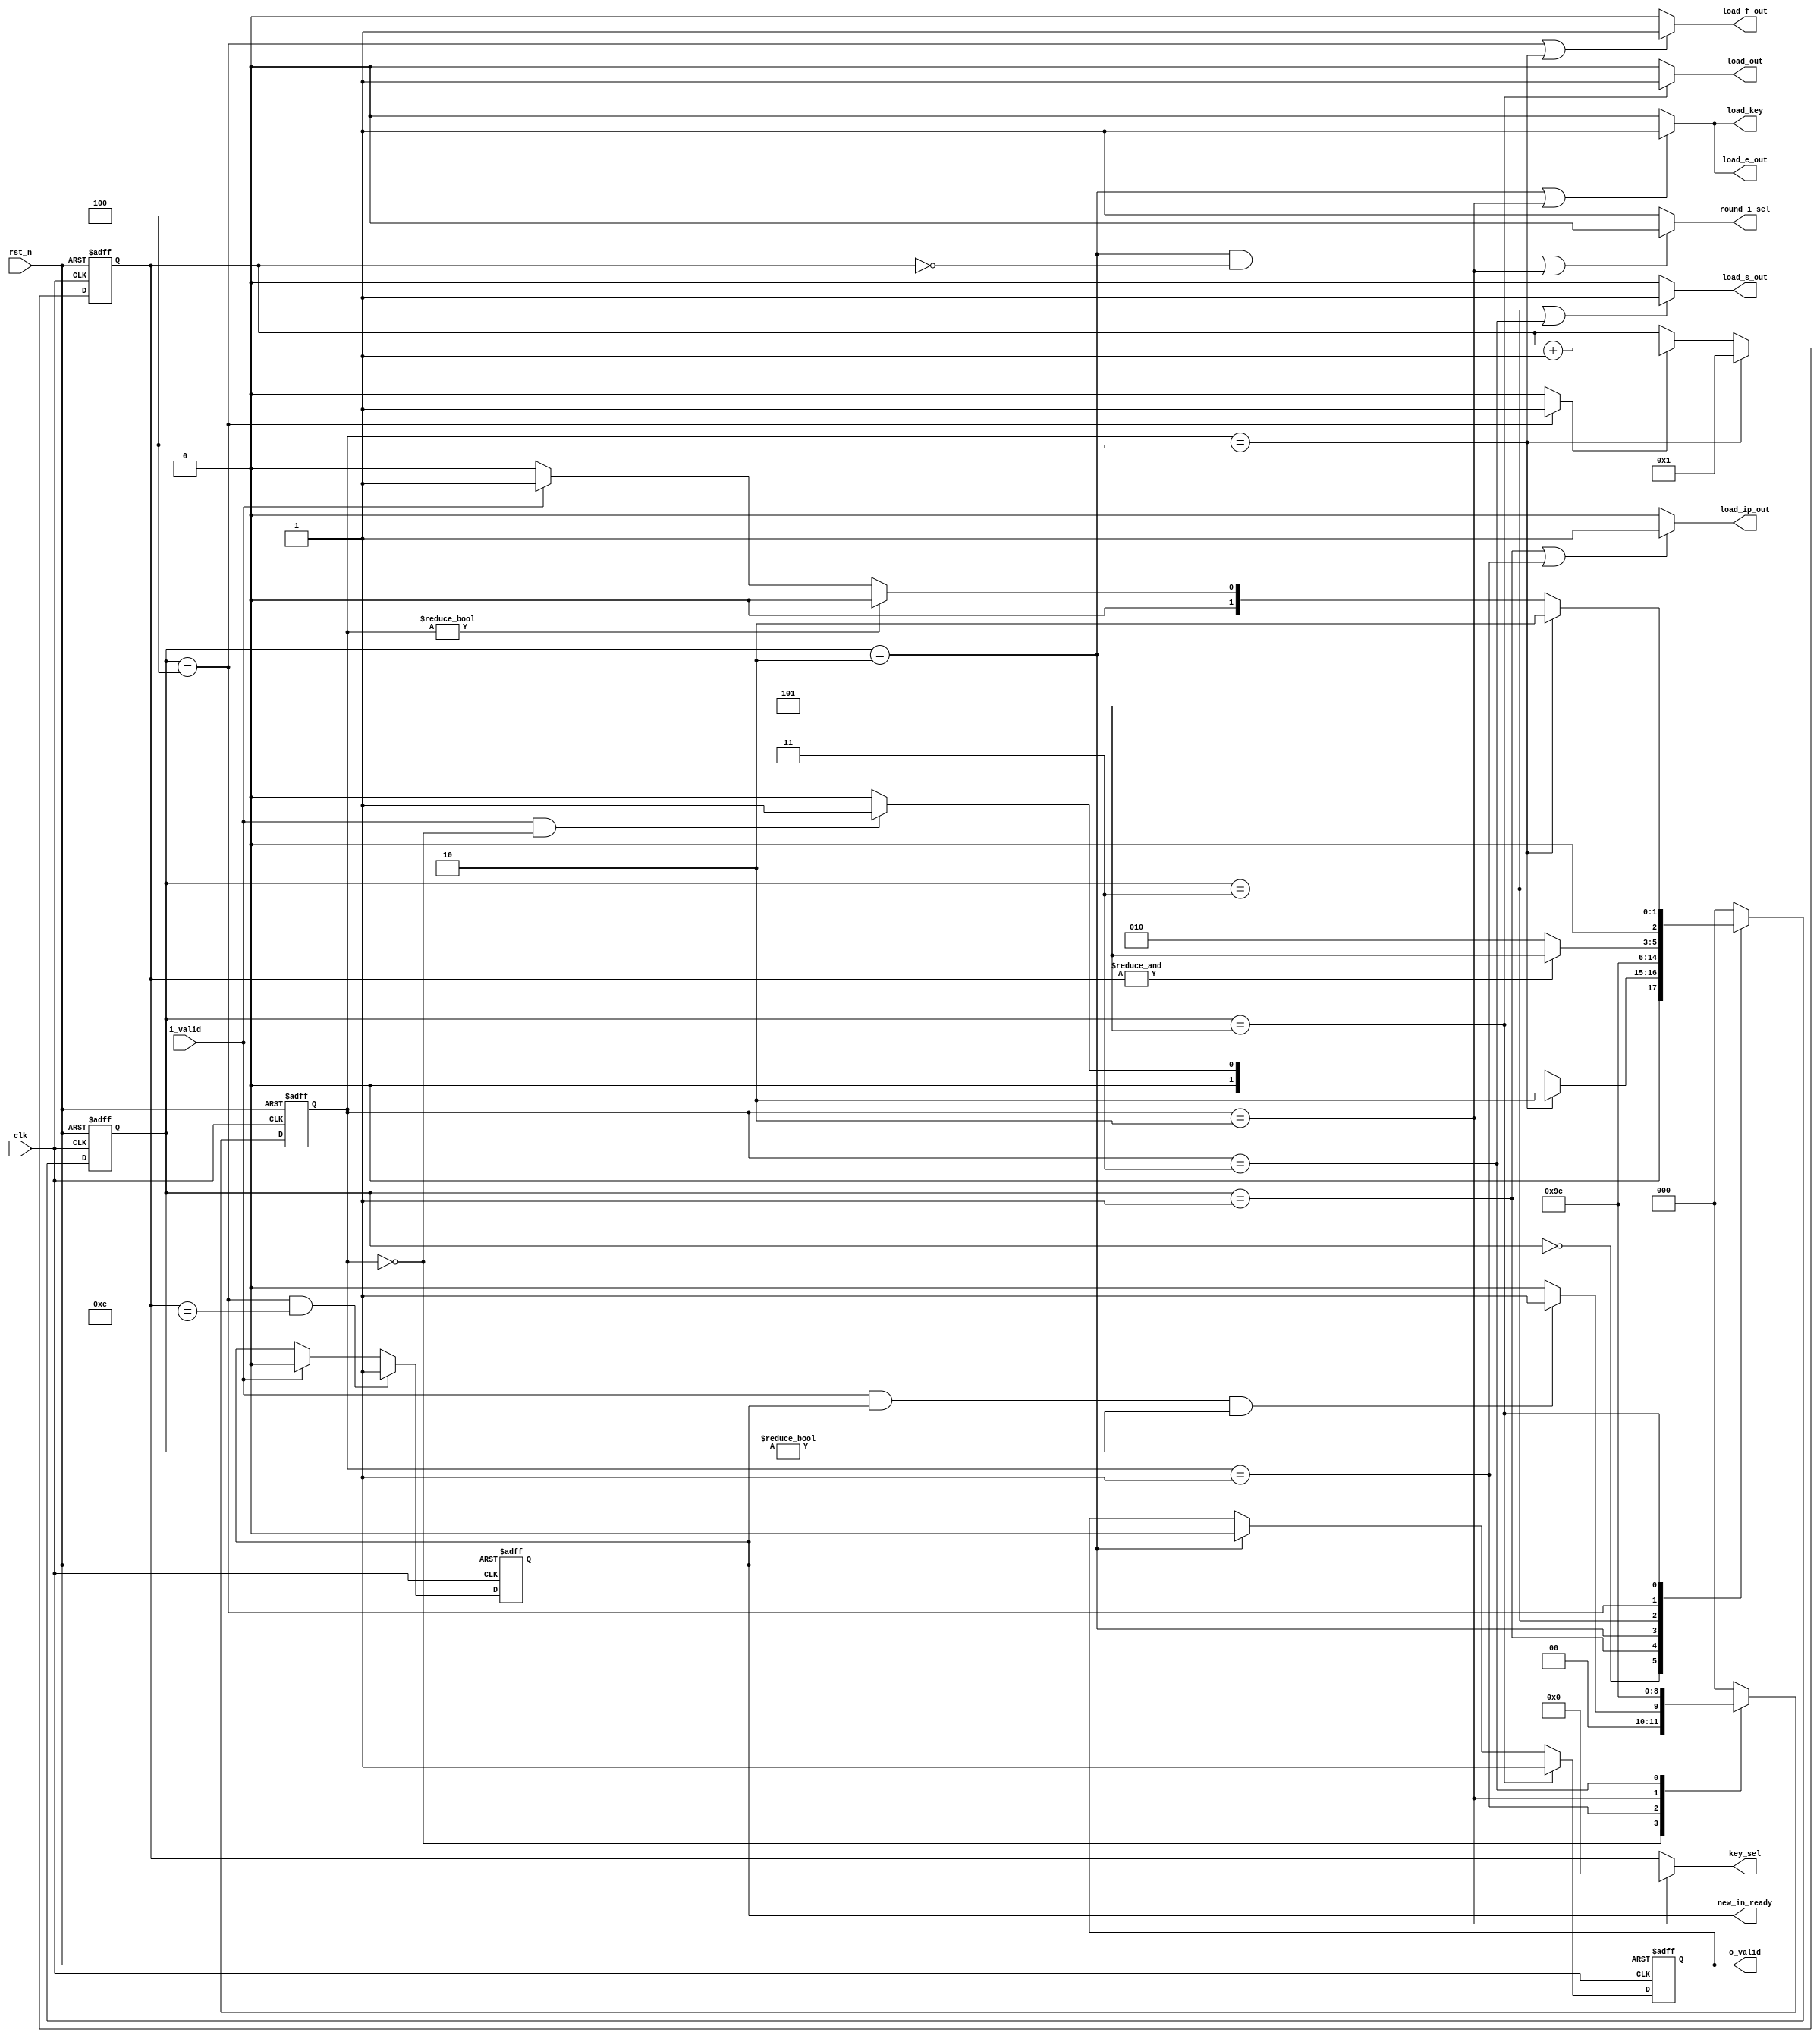
/*
 
 Module Name : fsm_ctrl
 
 Functionality :
 The fsm_ctrl is responsible for Controlling The Data Flow In the Architecture
 Through The load Flags, and It Selects The Appropriate Key And Round Inputs In
 addition to Generating the o_valid Flag When The Encryption/Decryption is Done
 
 */

module fsm_ctrl (input  wire    clk             ,
                 input  wire    rst_n           ,
                 input  wire    i_valid         ,
                 output wire    load_ip_out     ,
                 output wire    load_e_out      ,
                 output wire    load_s_out      ,
                 output wire    load_f_out      ,
                 output wire    load_out        ,
                 output wire    load_key        ,
                 output wire    [3:0] key_sel   ,
                 output reg     new_in_ready    ,
                 output reg     o_valid         ,
                 output wire    round_i_sel     );
    
    /************************************************************************************************************************************/
    /********************************************************* State Definition *********************************************************/
    /************************************************************************************************************************************/
    
    localparam IDLE   = 3'd0   ;
    localparam LOAD_1 = 3'd1   ;
    localparam LOAD_2 = 3'd2   ;
    localparam LOAD_3 = 3'd3   ;
    localparam LOAD_4 = 3'd4   ;
    localparam LOAD_5 = 3'd5   ;
    
    reg [2:0] PS, NS;
    
    always @(posedge clk or negedge rst_n) begin
        if (!rst_n)
            PS <= IDLE;
        else
            PS <= NS;
    end
    
    localparam EARLY_I_IDLE = 3'd0   ;
    localparam EARLY_LOAD_1 = 3'd1   ;
    localparam EARLY_LOAD_2 = 3'd2   ;
    localparam EARLY_LOAD_3 = 3'd3   ;
    localparam EARLY_LOAD_4 = 3'd4   ;
    
    reg [2:0] EARLY_I_PS, EARLY_I_NS;
    
    always @(posedge clk or negedge rst_n) begin
        if (!rst_n)
            EARLY_I_PS <= EARLY_I_IDLE;
        else
            EARLY_I_PS <= EARLY_I_NS;
    end

    /************************************************************************************************************************************/
    /********************************************************** Rounds Counter **********************************************************/
    /************************************************************************************************************************************/
    
    reg [3:0] Rounds_CNT    ;
    wire Round_Incr         ;
    reg early_in_rec        ;
    
    always @(posedge clk or negedge rst_n) begin
        if (!rst_n)
            Rounds_CNT <= 4'd0;
        else if (EARLY_I_PS == EARLY_LOAD_4)
            Rounds_CNT <= 4'd1;
        else if (Round_Incr)
            Rounds_CNT <= Rounds_CNT + 1;
    end
            
    /************************************************************************************************************************************/
    /********************************************************* Next State Logic *********************************************************/
    /************************************************************************************************************************************/
    
    always @(*) begin
        case (PS)
            IDLE : begin
                if (EARLY_I_PS == EARLY_LOAD_4)
                    NS = LOAD_2;
                else if (i_valid && EARLY_I_PS == EARLY_I_IDLE)
                    NS = LOAD_1;
                else
                    NS = IDLE;
            end
            
            LOAD_1 :   NS = LOAD_2;
            
            LOAD_2 :   NS = LOAD_3;
            
            LOAD_3 :   NS = LOAD_4;
            
            LOAD_4 : begin
                if ((& Rounds_CNT) != 1)
                    NS = LOAD_2;
                else
                    NS = LOAD_5;
            end
            
            LOAD_5 : begin
                if (EARLY_I_PS == EARLY_LOAD_4)
                    NS = LOAD_2;
                else if (EARLY_I_PS != EARLY_I_IDLE)
                    NS = IDLE;
                else if (i_valid)
                    NS = LOAD_1;
                else
                    NS = IDLE;
            end
            
            default: NS = IDLE;
        endcase
    end
        
    /************************************************************************************************************************************/
    /********************************************************* o_valid Logic ************************************************************/
    /************************************************************************************************************************************/
    
    always @(posedge clk or negedge rst_n) begin
        if (!rst_n)
            o_valid <= 1'b0;
        else if (PS == LOAD_5)
            o_valid <= 1'b1;
        else if (PS == LOAD_2)
            o_valid <= 1'b0;
    end
               
    /************************************************************************************************************************************/
    /****************************************************** Handling Early Input ********************************************************/
    /************************************************************************************************************************************/
    
    always @(*) begin
        case (EARLY_I_PS)
            IDLE : begin
                if (i_valid && new_in_ready && PS != IDLE)
                    EARLY_I_NS = EARLY_LOAD_1;
                else
                    EARLY_I_NS = EARLY_I_IDLE;
            end
            
            EARLY_LOAD_1 : EARLY_I_NS = EARLY_LOAD_2;
            
            EARLY_LOAD_2 : EARLY_I_NS = EARLY_LOAD_3;
            
            EARLY_LOAD_3 : EARLY_I_NS = EARLY_LOAD_4;
            
            EARLY_LOAD_4 : EARLY_I_NS = EARLY_I_IDLE;
            
            default: EARLY_I_NS = EARLY_I_IDLE;
        endcase
    end
    
    /************************************************************************************************************************************/
    /********************************************************** new_in_ready ************************************************************/
    /************************************************************************************************************************************/
    
    always @(posedge clk or negedge rst_n) begin
        if (!rst_n) begin
            new_in_ready <= 1'b1;
        end
        else if ((PS == LOAD_4) && ((Rounds_CNT) == 4'd14))
            new_in_ready <= 1'b1;
        else if (i_valid)
            new_in_ready <= 1'b0;
    end

    /************************************************************************************************************************************/
    /*********************************************************** load Flags *************************************************************/
    /************************************************************************************************************************************/
    
    assign load_ip_out = ((PS == LOAD_1) || (EARLY_I_PS == EARLY_LOAD_1))       ?    1'b1:1'b0  ;
    assign load_e_out  = ((PS == LOAD_2) || (EARLY_I_PS == EARLY_LOAD_2))       ?    1'b1:1'b0  ;
    assign load_s_out  = ((PS == LOAD_3) || (EARLY_I_PS == EARLY_LOAD_3))       ?    1'b1:1'b0  ;
    assign load_f_out  = ((PS == LOAD_4) || (EARLY_I_PS == EARLY_LOAD_4))       ?    1'b1:1'b0  ;
    assign load_out    = (PS == LOAD_5)                                         ?    1'b1:1'b0  ;
    assign Round_Incr  = (PS == LOAD_4)                                         ?    1'b1:1'b0  ;

    assign load_key    = load_e_out;

    /************************************************************************************************************************************/
    /******************************************************* Round Input Selection ******************************************************/
    /************************************************************************************************************************************/
    
    assign round_i_sel = ((PS == LOAD_2 && Rounds_CNT == 4'd0) || EARLY_I_PS == LOAD_2) ? 1'b0 : 1'b1;

    /************************************************************************************************************************************/
    /******************************************************** Active Key Selection ******************************************************/
    /************************************************************************************************************************************/

    assign key_sel = (EARLY_I_PS == EARLY_LOAD_2) ? 4'd0:Rounds_CNT;
           
endmodule